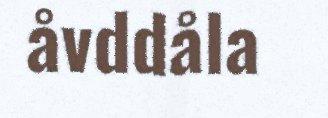
åvddåla